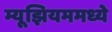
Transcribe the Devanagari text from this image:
म्यूझियममध्ये